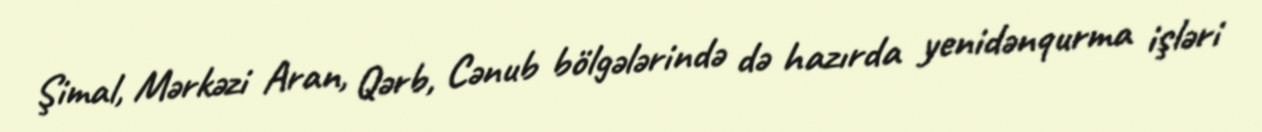
Şimal, Mərkəzi Aran, Qərb, Cənub bölgələrində də hazırda yenidənqurma işləri